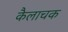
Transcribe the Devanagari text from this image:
कैलाचक